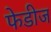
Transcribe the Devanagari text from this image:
फेडीज